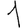
Digit: 1